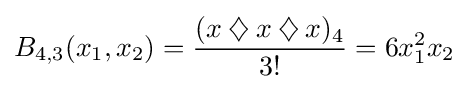
B_{4,3}(x_{1},x_{2})={\frac {(x\mathbin {\diamondsuit } x\mathbin {\diamondsuit } x)_{4}}{3!}}=6x_{1}^{2}x_{2}